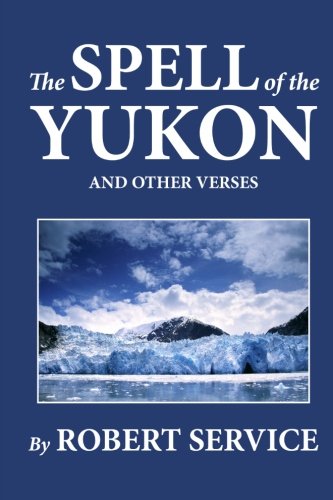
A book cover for The Spell of the Yukon and Other Verses; Robert Service; Literature & Fiction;